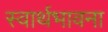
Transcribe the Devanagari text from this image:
स्वार्थभावना